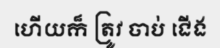
ហើយក៏ ត្រូវ ចាប់ ជើង